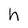
Character: h